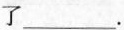
了___.